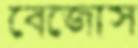
বেজোস